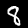
Label: 8